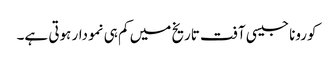
کورونا جیسی آفت تاریخ میں کم ہی نمودار ہوتی ہے۔